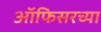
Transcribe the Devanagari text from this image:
ऑफिसरच्या